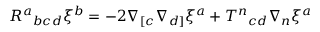
R ^ { a } { } _ { b c d } \xi ^ { b } = - 2 \nabla _ { [ c } \nabla _ { d ] } \xi ^ { a } + T ^ { n } { } _ { c d } \nabla _ { n } \xi ^ { a }